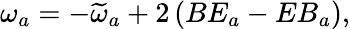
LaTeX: \omega_{a}=-\widetilde{\omega}_{a}+2\left(BE_{a}-EB_{a}\right),